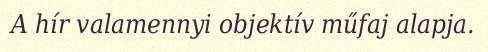
A hír valamennyi objektív műfaj alapja.